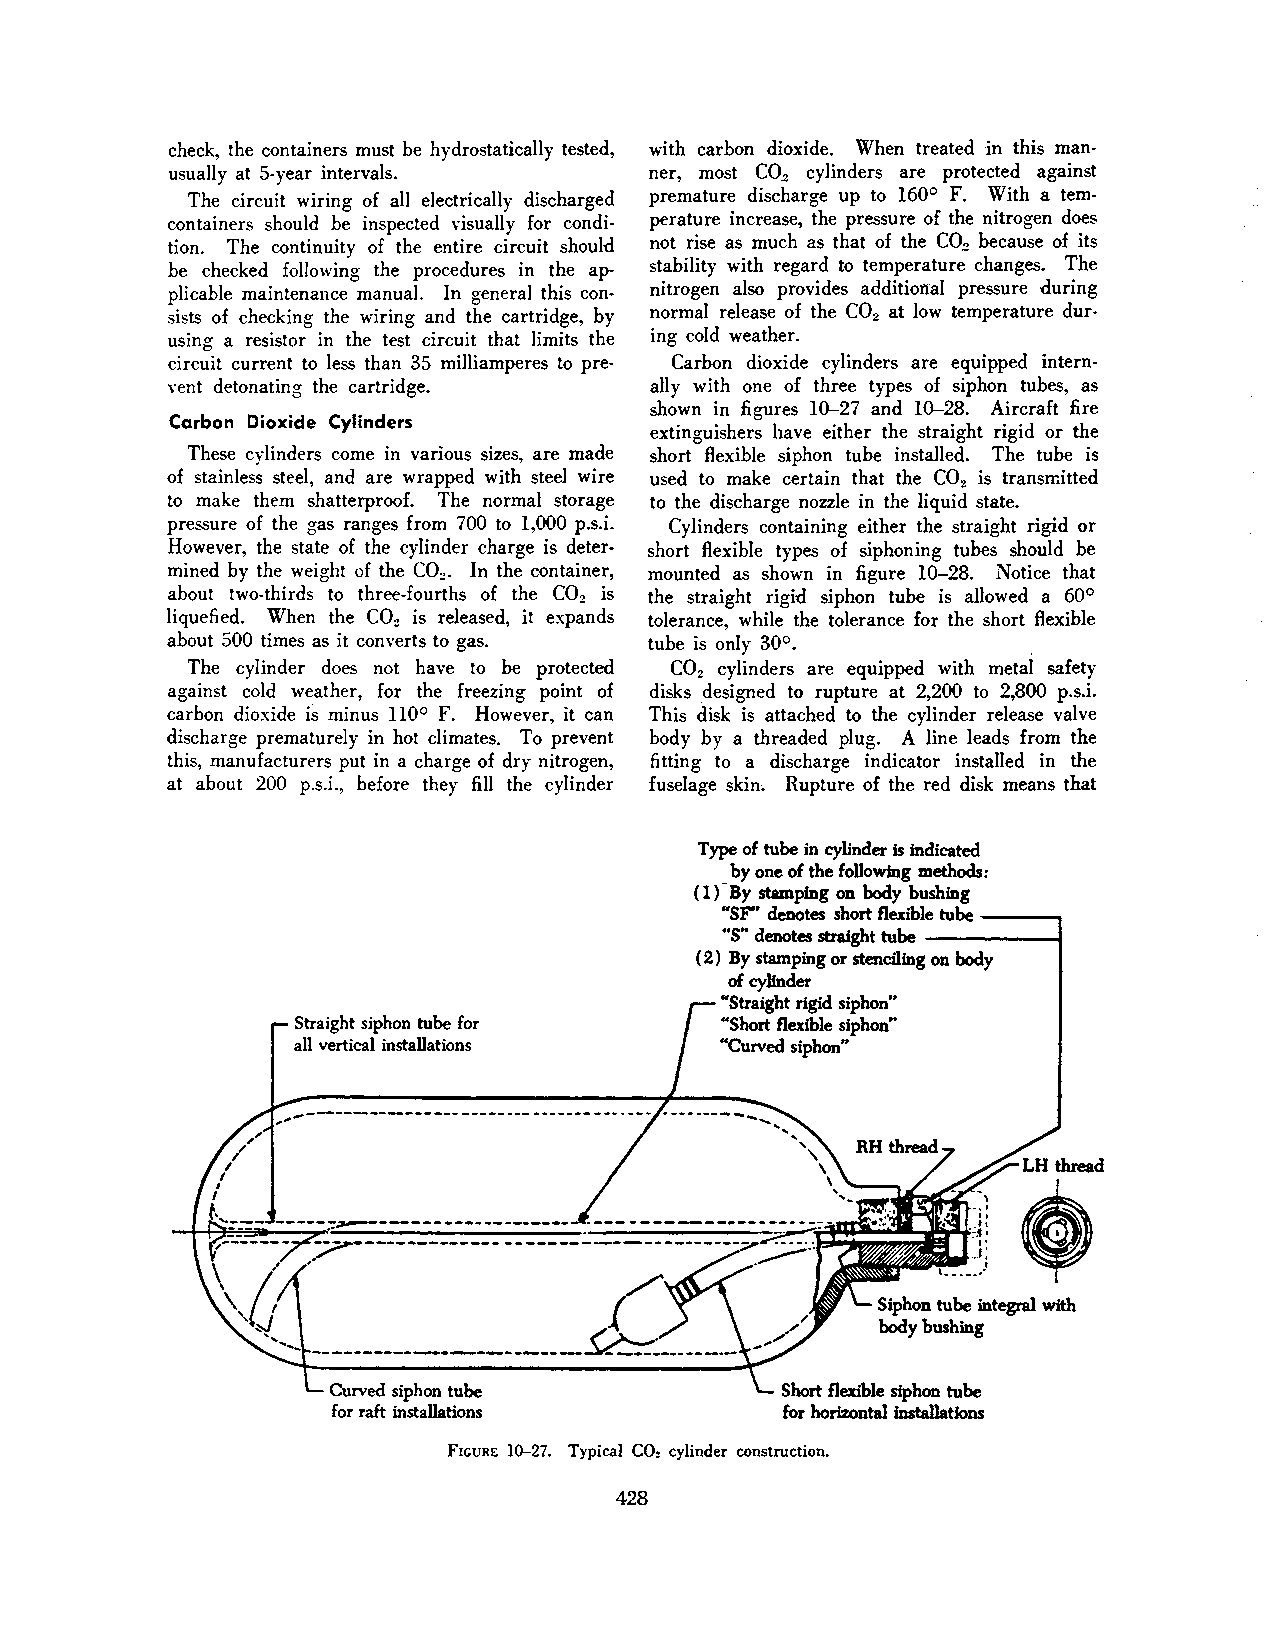
check, the containers must be hydrostatically tested, with carbon dioxide. When treated in this man
 co.2
 usually at 5-year intervals.   ner, most  cylinders are protected against
 The circuit wiring of all electrically discharged premature discharge up to 160° F. With a tem
 containers should be inspected visually for condi perature increase, the pressure of the nitrogen does
 co!!
 tion. The continuity of the entire circuit should not rise as much as that of the because of its
 be checked following the procedures in the ap· stability with regard to temperature changes. The
 plicable maintenance manuaL In general this con nitrogen also provides additional pressure during
 sists of checking the wiring and the cartridge, by normal release of the C0 2 at low temperature dur
 using a resistor in the test circuit that limits the ing cold weather.
 circuit current to less than 35 milliamperes to pre Carbon dioxide cylinders are equipped intern
 vent detonating the cartridge.  ally with one of three types of siphon tubes, as
 shown in figures 10-27 and 10-28. Aircraft fire
 Carbon Dioxide Cylinders
 extinguishers have either the straight rigid or the
 These cylinders come in various sizes, are made short flexible siphon tube installed. The tube is
 of stainless steel, and are wrapped with steel wire used to make· certain that the C0 is transmitted
 2
 to make them shatterproof. The normal storage to the discharge nozzle in the liquid state.
 pressure of the gas ranges from 700 to 1,000 p.s.i. Cylinders containing either the straight rigid or
 However, the state of the cylinder charge is deter· short flexible types of siphoning tubes should be
 mined by the weight of the C0 2• In the container, mounted as shown in figure 10-28. Notice that
 about two-thirds to three-fourths of the C0 2 is the straight rigid siphon tube is allowed a 60°
 liquefied. When the C0 2 is released, it expands tolerance, while the tolerance for the short flexible
 about 500 times as it converts to gas. tube is only 30°. .
 The cylinder does not have to be protected C0 cylinders are equipped with metal safety
 2
 against cold weather, for the freezing point of disks designed to rupture at 2,200 to 2,800 p.s.i.
 carbon dioxide is minus ll0° F. However, it can This disk is attached to the cylinder release valve
 discharge prematurely in hot climates. To prevent body by a threaded plug. A line leads from the
 this, manufacturers put in a charge of dry nitrogen, fitting to a discharge indicator installed in the
 at about 200 p.s.i., before they fill the cylinder fuselage skin. Rupture of the red disk means that
 Type of tube in cylinder is indicated
 by one of the following methods:
 ( 1 ) ·By stamping on body bushing
 "SF" denotes short flexible tube ----.,
 ------1
 "S" denotes straight tube
 ( 2) By stamping or stenciling on body
 of cylinder
 "Straight rigid siphon"
 Straight siphon tube for    "Short flexible siphon"
 all vertical installations  ..C urved siphon"
 thread
 •
 Siphon tube integral with
 body bushing
 Curved siphon tube            Short flexible siphon tube
 for raft installations        for horizontal installations
 FIGURE 10-27. Typical CO. cylinder construction.
 428